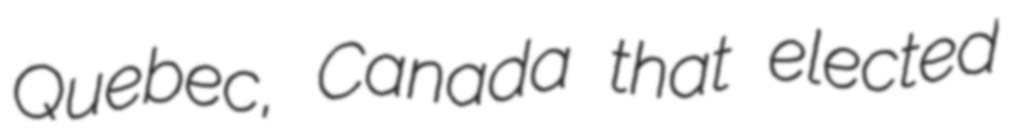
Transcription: Quebec, Canada that elected